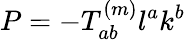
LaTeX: P=-T_{ab}^{(m)}l^{a}k^{b}